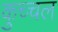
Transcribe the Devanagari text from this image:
कुच्चल